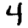
Digit: 4